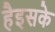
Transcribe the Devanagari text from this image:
हैइसके